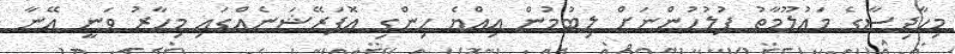
މިހާދިސާގެ މައުލޫމާތު ފުލުހުންނަށް ލިބުމުން އިއްޔެ ހިންގި އޮޕަރޭޝަނެއްގައި މިހާރު ވަނީ އޭނާ